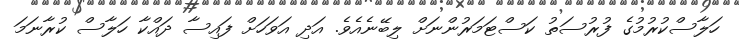
ހަލާސްކުރުމުގެ ފުރުސަތު ކަސްޓަމަރުންނަށް ލިބޭނެއެވެ. އަދި އަވަހަށް ފައިސާ ދައްކާ ހަލާސް ކުރާނަމަ